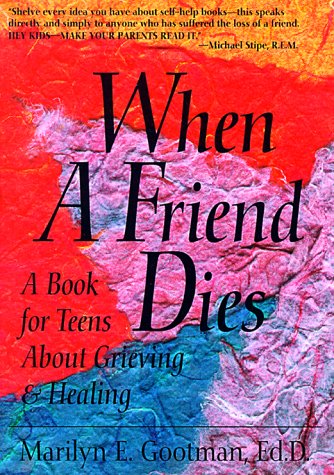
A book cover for When a Friend Dies: A Book for Teens about Grieving & Healing; Teen & Young Adult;